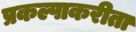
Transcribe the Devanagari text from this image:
प्रकल्पाकरीता